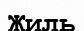
Жиль